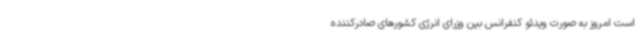
است امروز به صورت ویدئو کنفرانس بین وزرای انرژی کشورهای صادرکننده